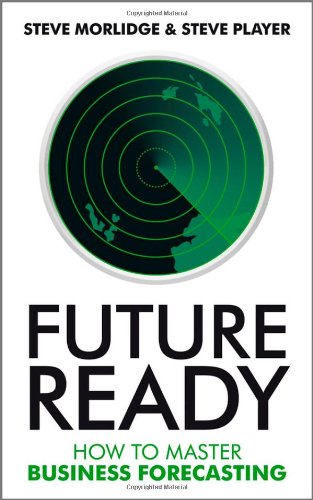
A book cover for Future Ready: How to Master Business Forecasting; Steve Morlidge; Business & Money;